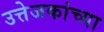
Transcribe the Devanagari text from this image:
उत्तेजकांच्या